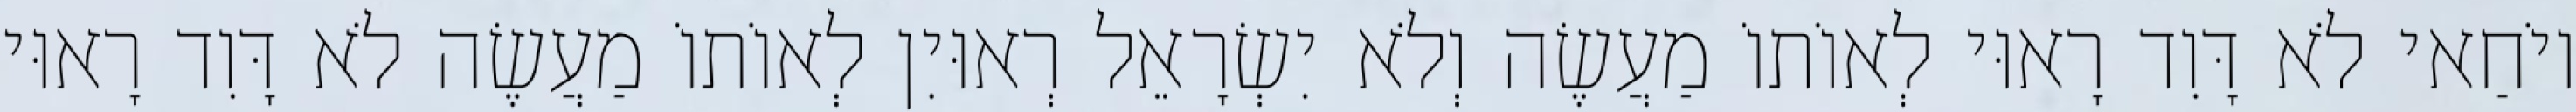
יוֹחַאי לֹא דָּוִד רָאוּי לְאוֹתוֹ מַעֲשֶׂה וְלֹא יִשְׂרָאֵל רְאוּיִן לְאוֹתוֹ מַעֲשֶׂה לֹא דָּוִד רָאוּי